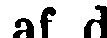
af d